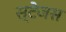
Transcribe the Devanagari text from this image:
स्टेजस